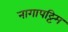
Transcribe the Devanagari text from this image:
नागापट्टिम